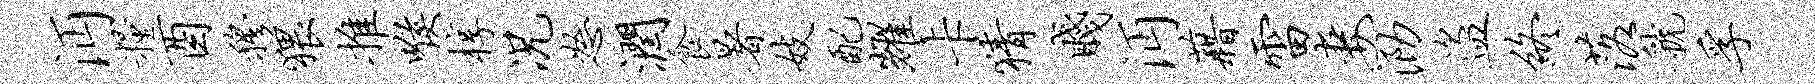
沔粮酉穆猥推喉椁况怒润食暑妓配耀卡猜贱沔藉雷妻泐盗终落虢孚